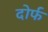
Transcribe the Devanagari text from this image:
दोर्फ